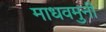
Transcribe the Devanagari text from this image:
माधवमुनी